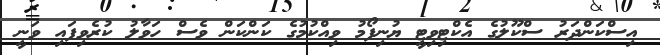
އިސްކަންދަރު ސްކޫލުގެ އެކްޓިވިޓީ ޔުނިފޯމު ވިއްކުމުގެ ކަންކަން ވެސް ހަވާލު ކުރެވިފައި ވަނީ